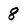
Character: 8